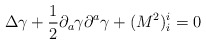
\begin{align*}\Delta \gamma + {\frac{1}{2}}{\partial}_{a}\gamma{\partial}^{a}\gamma + (M^{2})^{i}_{i} = 0\end{align*}